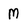
Character: M